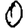
Digit: 0